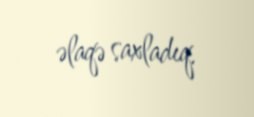
əlaqə saxladıq.